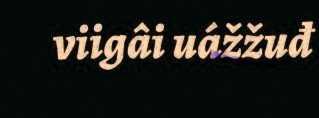
viigâi uážžuđ